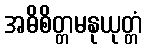
အဓိစိတ္တမနုယုတ္တံ